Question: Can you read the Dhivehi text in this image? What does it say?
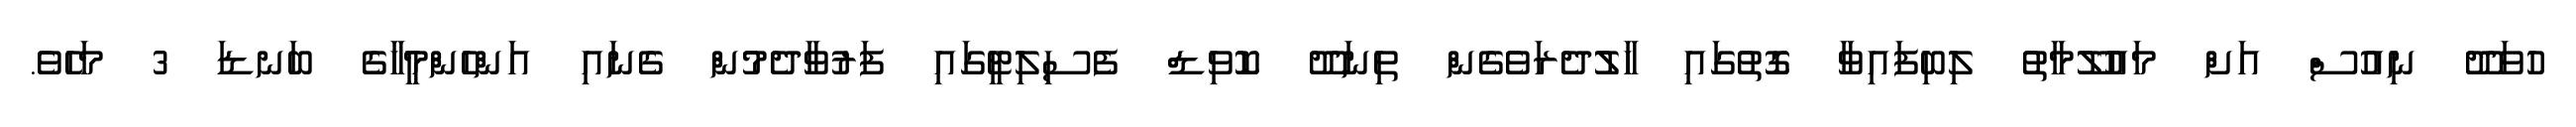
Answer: ހުވަދޫ ނިއުސް އަށް މައުލޫމާތު ލިބިފައިވާ ގޮތުގައި ހާލުދެރަވެގެން ތިނަދޫ ކޮވިޑް ފެސިލިޓީގައި ފަރުވާދެމުން ގެނައި އަންހެންމީހާގެ ބަނޑަ 3 މަހެވެ.